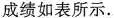
成绩如表所示。